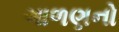
ગાળણનો